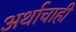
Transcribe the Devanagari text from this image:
अर्थाचाही